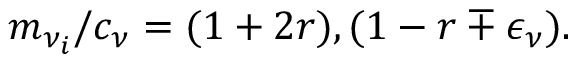
m _ { \nu _ { i } } / c _ { \nu } = ( 1 + 2 r ) , ( 1 - r \mp \epsilon _ { \nu } ) .